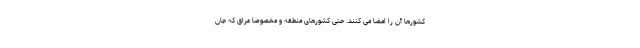
کشورها آن را امضا می کنند. حتی کشورهای منطقه و مخصوصا عراق که جان